Leaving Certificate Examination, 1924
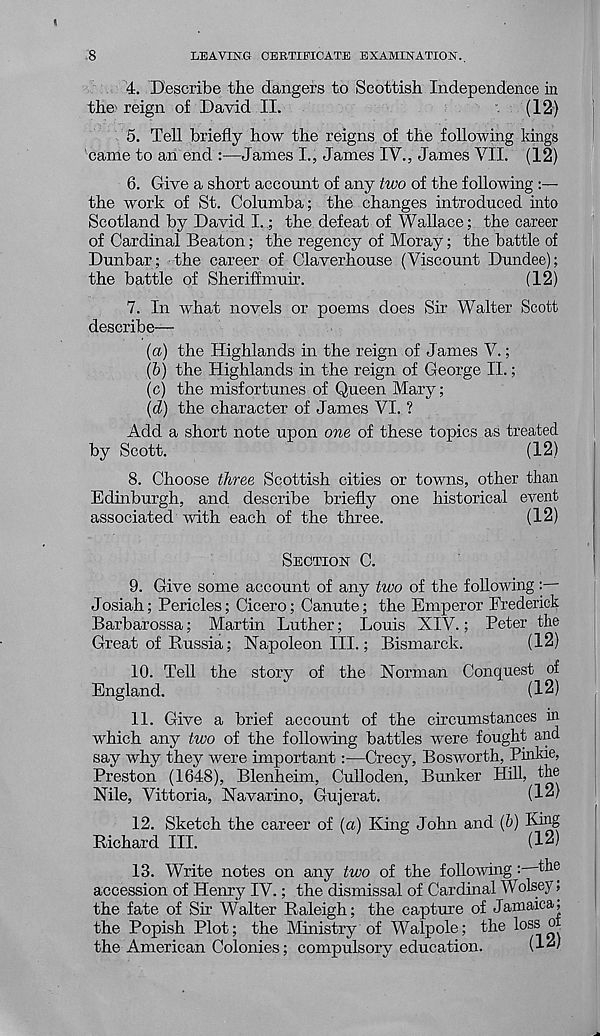
,8
LEAVING CERTIFICATE EXAMINATION.
4. Describe the dangers to Scottish Independence in
the reign of David II.
(12)
5. Tell briefly how the reigns of the following kings
came to an end :—James L, James IV., James VII. (12)
6. Give a short account of any two of the following
the work of St. Columba; the changes introduced into
Scotland by David I.; the defeat of Wallace; the career
of Cardinal Beaton; the regency of Moray; the battle of
Dunbar; the career of Claverhouse (Viscount Dundee);
the battle of Sheriffmuir.
(12)
7. In what novels or poems does Sir Walter Scott
describe—
(a) the Highlands in the reign of James V.;
(b) the Highlands in the reign of George II.;
(c) the misfortunes of Queen Mary;
(d) the character of James VI. ?
Add a short note upon one of these topics as treated
by Scott.
(12)
8. Choose three Scottish cities or towns, other than
Edinburgh, and describe briefly one historical event
associated with each of the three.
(12)
SECTION C.
9. Give some account of any two of the following :—
Josiah; Pericles; Cicero; Canute; the Emperor Frederick
Barbarossa; Martin Luther; Louis XIV.; Peter the
Great of Russia; Napoleon III.; Bismarck.
(12)
10. Tell the story of the Norman Conquest of
England.
(12)
11. Give a brief account of the circumstances in
which any two of the following battles were fought and
say why they were important:—Crecy, Bosworth, Pinkie,
Preston (1648), Blenheim, Culloden, Bunker Hill, the
Nile, Vittoria, Navarino, Gujerat.
(12)
12. Sketch the career of (a) King John and (&) King
Richard III.
(12)
13. Write notes on any two of the following the
accession of Henry IV.; the dismissal of Cardinal Wolsey;
the fate of Sir Walter Raleigh; the capture of Jamaica,
the Popish Plot; the Ministry of Walpole; the loss oi
the American Colonies; compulsory education.
(12)